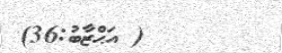
( އަޙްޒާބު:36)